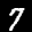
Label: 7